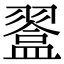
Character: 𥂨